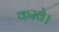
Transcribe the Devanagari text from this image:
करवे।